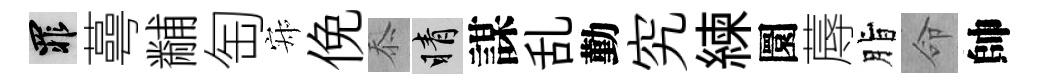
罪蕚黼匋寂俛忝睛謀乱勤究練圜蓐脂命帥